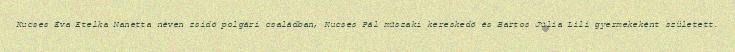
Kucses Éva Etelka Nanetta néven zsidó polgári családban, Kucses Pál műszaki kereskedő és Bartos Júlia Lili gyermekeként született.